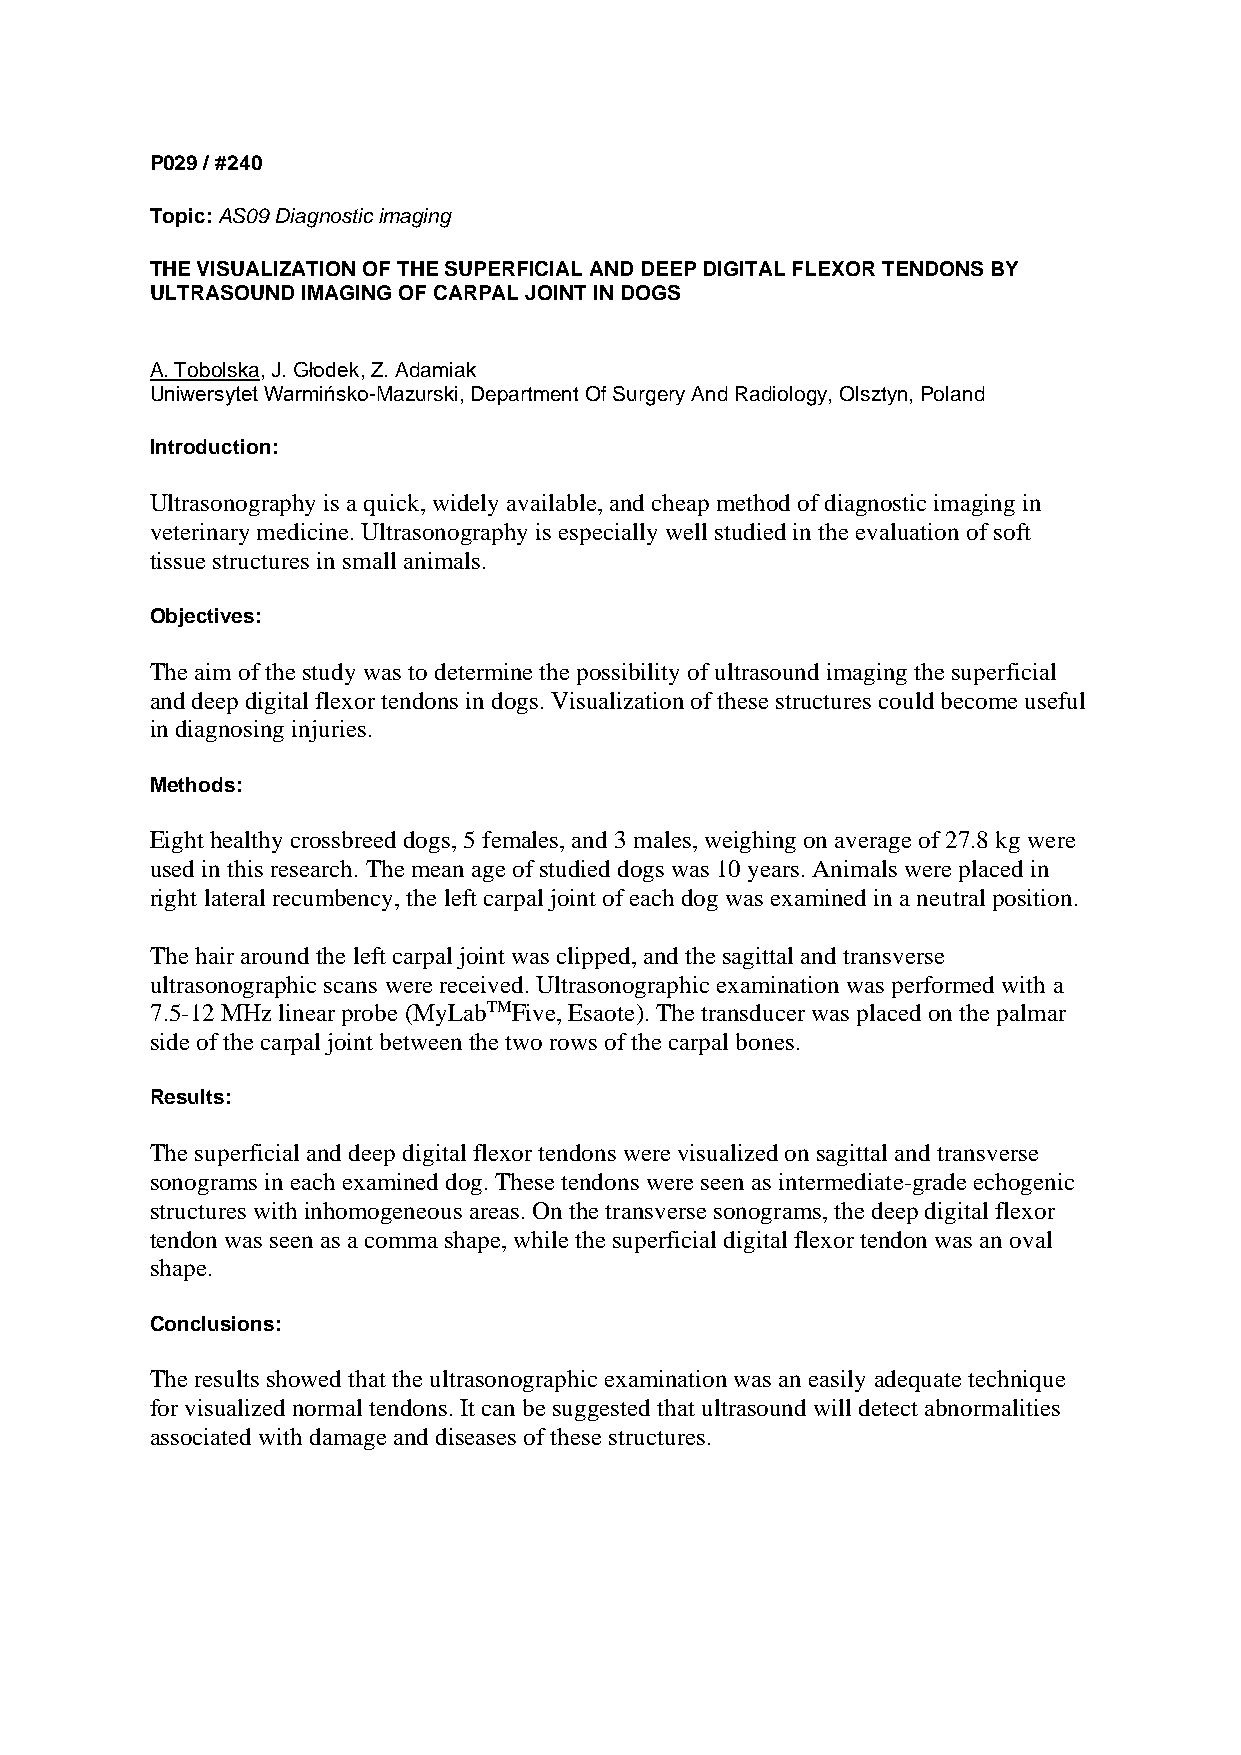
P029 / #240
 Topic: AS09 Diagnostic imaging
 THE VISUALIZATION OF THE SUPERFICIAL AND DEEP DIGITAL FLEXOR TENDONS BY
 ULTRASOUND IMAGING OF CARPAL JOINT IN DOGS
 A. Tobolska, J. Głodek, Z. Adamiak
 Uniwersytet Warmińsko-Mazurski, Department Of Surgery And Radiology, Olsztyn, Poland
 Introduction:
 Ultrasonography is a quick, widely available, and cheap method of diagnostic imaging in
 veterinary medicine. Ultrasonography is especially well studied in the evaluation of soft
 tissue structures in small animals.
 Objectives:
 The aim of the study was to determine the possibility of ultrasound imaging the superficial
 and deep digital flexor tendons in dogs. Visualization of these structures could become useful
 in diagnosing injuries.
 Methods:
 Eight healthy crossbreed dogs, 5 females, and 3 males, weighing on average of 27.8 kg were
 used in this research. The mean age of studied dogs was 10 years. Animals were placed in
 right lateral recumbency, the left carpal joint of each dog was examined in a neutral position.
 The hair around the left carpal joint was clipped, and the sagittal and transverse
 ultrasonographic scans were received. Ultrasonographic examination was performed with a
 7.5-12 MHz linear probe (MyLabTMFive, Esaote). The transducer was placed on the palmar
 side of the carpal joint between the two rows of the carpal bones.
 Results:
 The superficial and deep digital flexor tendons were visualized on sagittal and transverse
 sonograms in each examined dog. These tendons were seen as intermediate-grade echogenic
 structures with inhomogeneous areas. On the transverse sonograms, the deep digital flexor
 tendon was seen as a comma shape, while the superficial digital flexor tendon was an oval
 shape.
 Conclusions:
 The results showed that the ultrasonographic examination was an easily adequate technique
 for visualized normal tendons. It can be suggested that ultrasound will detect abnormalities
 associated with damage and diseases of these structures.